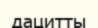
дацитты